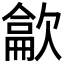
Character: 𰙘